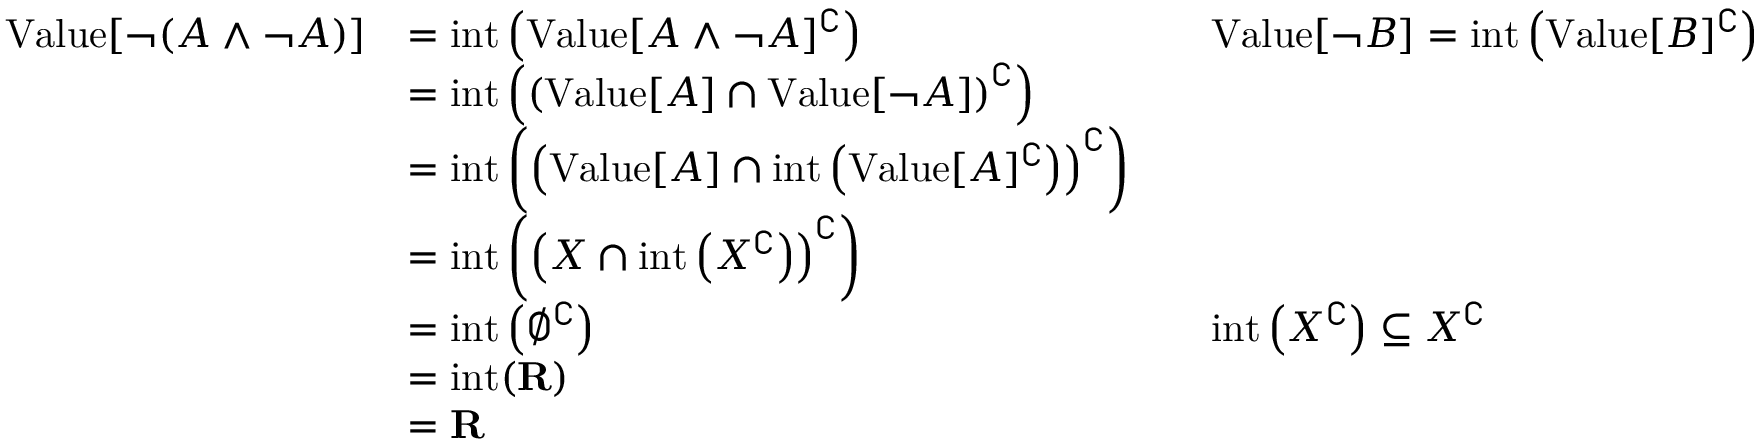
{ \begin{array} { r l r l } { { \mathrm { V a l u e } } [ \neg ( A \land \neg A ) ] } & { = { \mathrm { i n t } } \left( { \mathrm { V a l u e } } [ A \land \neg A ] ^ { \complement } \right) } & & { { \mathrm { V a l u e } } [ \neg B ] = { \mathrm { i n t } } \left( { \mathrm { V a l u e } } [ B ] ^ { \complement } \right) } \\ & { = { \mathrm { i n t } } \left( \left( { \mathrm { V a l u e } } [ A ] \cap { \mathrm { V a l u e } } [ \neg A ] \right) ^ { \complement } \right) } \\ & { = { \mathrm { i n t } } \left( \left( { \mathrm { V a l u e } } [ A ] \cap { \mathrm { i n t } } \left( { \mathrm { V a l u e } } [ A ] ^ { \complement } \right) \right) ^ { \complement } \right) } \\ & { = { \mathrm { i n t } } \left( \left( X \cap { \mathrm { i n t } } \left( X ^ { \complement } \right) \right) ^ { \complement } \right) } \\ & { = { \mathrm { i n t } } \left( \emptyset ^ { \complement } \right) } & & { { \mathrm { i n t } } \left( X ^ { \complement } \right) \subseteq X ^ { \complement } } \\ & { = { \mathrm { i n t } } ( \mathbf { R } ) } \\ & { = \mathbf { R } } \end{array} }